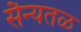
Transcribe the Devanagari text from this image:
सैन्यतळ